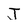
Character: J